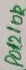
Text: PO1210R